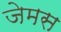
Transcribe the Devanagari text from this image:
जेमस